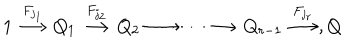
1 \stackrel { F _ { j _ { 1 } } } { \longrightarrow } Q _ { 1 } \stackrel { F _ { j _ { 2 } } } { \longrightarrow } Q _ { 2 } \longrightarrow \cdots \longrightarrow Q _ { r - 1 } \stackrel { F _ { j _ { r } } } { \longrightarrow } , Q